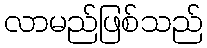
လာမည်ဖြစ်သည်